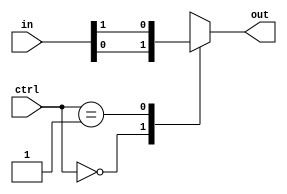
module mux_1024to1 (
    input [1023:0] in,
    input [9:0] ctrl,
    output reg out
);

always @ (*) begin
    case (ctrl)
        10'd0: out = in[0];
        10'd1: out = in[1];
        // Repeat for all 1024 cases
        default: out = 1'bx; // Default to high-impedance state
    endcase
end

endmodule